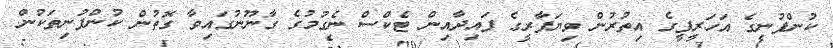
ކުންފުނީގެ އަހަރީފީގެ އިތުރުން ވިޔަފާރީގެ ފައިދާއިން ޓެކްސް ނެގުމުގެ ގާނޫނުގައިވާ ގޮތުން ކުންފުނިތަކުން